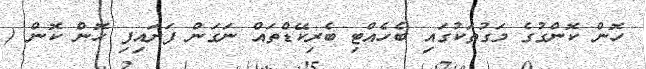
ހޮން ކޮންގުގެ މަގުތަކުގައި ބެހެއްޓި ބެރިކޭޑްތައް ނަގަން ފަށައިފި ހޮން ކޮން (